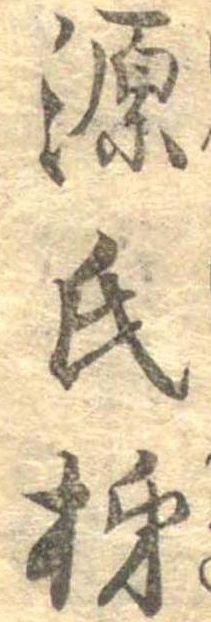
源氏柿